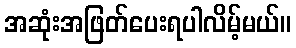
အဆုံးအဖြတ်ပေးရပါလိမ့်မယ်။